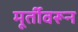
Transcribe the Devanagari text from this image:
मूर्तीवरून